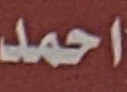
احمد